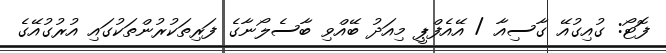
ފޮޓޯ: ގުއިގުއޭ ގާސިއާ / އޭއެފްޕީ މިއަދު ބޭއްވި ބާސެލޯނާގެ ފަރިތަކުރުންތަކުގައި އުރުގުއޭގެ